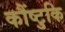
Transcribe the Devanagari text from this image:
कौंष्टुकि